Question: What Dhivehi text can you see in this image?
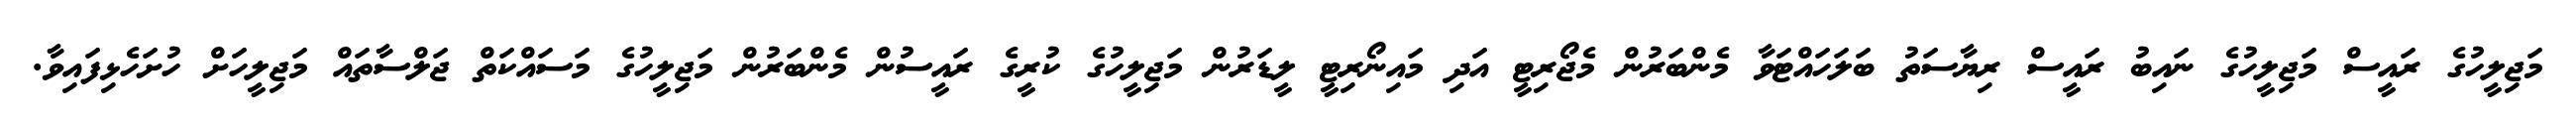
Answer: މަޖިލީހުގެ ރައީސް މަޖިލީހުގެ ނައިބު ރައީސް ރިޔާސަތު ބަލަހައްޓަވާ މެންބަރުން މެޖޯރިޓީ އަދި މައިނޯރިޓީ ލީޑަރުން މަޖިލީހުގެ ކުރީގެ ރައީސުން މެންބަރުން މަޖިލީހުގެ މަސައްކަތް ޖަލްސާތައް މަޖިލީހަށް ހުށަހެޅިފައިވާ.